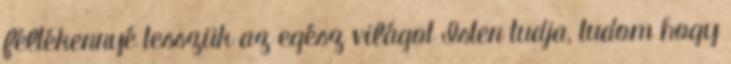
féltékennyé tesszük az egész világot Isten tudja, tudom hogy